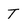
Character: T